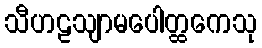
သီဟဠသျာမပေါတ္ထကေသု